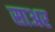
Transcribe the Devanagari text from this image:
साअर